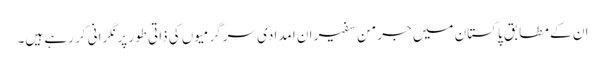
ان کے مطابق پاکستان میں جرمن سفیر ان امدادی سرگرمیوں کی ذاتی طور پر نگرانی کر رہے ہیں۔